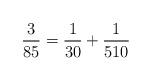
LaTeX: \begin{align*}\frac{3}{85} = \frac{1}{30} + \frac{1}{510}\end{align*}